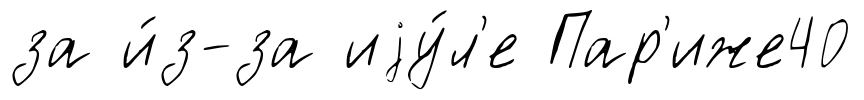
за и́з-за иjу́л'е Пар'иже40